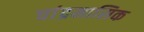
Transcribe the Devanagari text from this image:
चांद्रमासिक